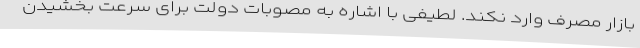
بازار مصرف وارد نکند. لطیفی با اشاره به مصوبات دولت برای سرعت بخشیدن